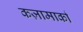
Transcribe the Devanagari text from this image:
कज़ामार्का